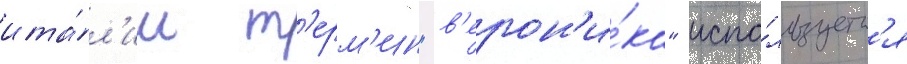
ита́л'ии т'ерм'ин "в'ерон'и́ка" испо́льзуетс'я